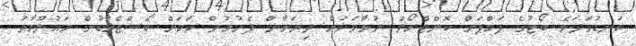
ކަނޑުގަދަވެ ބޯޓުގެ ޕަމްޕަށް ކޮންޓްރޯލް ނުވާވަރަށް ދިޔަވާން ފެށުމުން ކަމަށް ކޯސްޓްގާޑުން މައުލޫމާތު